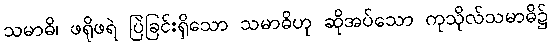
သမာဓိ၊ ဖရိုဖရဲ ပြဲခြင်းရှိသော သမာဓိဟု ဆိုအပ်သော ကုသိုလ်သမာဓိ၌